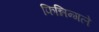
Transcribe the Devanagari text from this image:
फिन्निन्गले